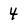
Character: 4